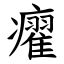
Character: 㿑